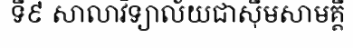
ទី៩ សាលាវិទ្យាល័យជាស៊ីមសាមគ្គី